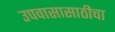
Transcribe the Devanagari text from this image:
उपवासासाठीचा